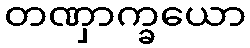
တဏှာက္ခယော